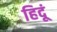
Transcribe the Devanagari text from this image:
हिदूं